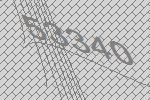
53340